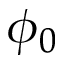
\phi _ { 0 }